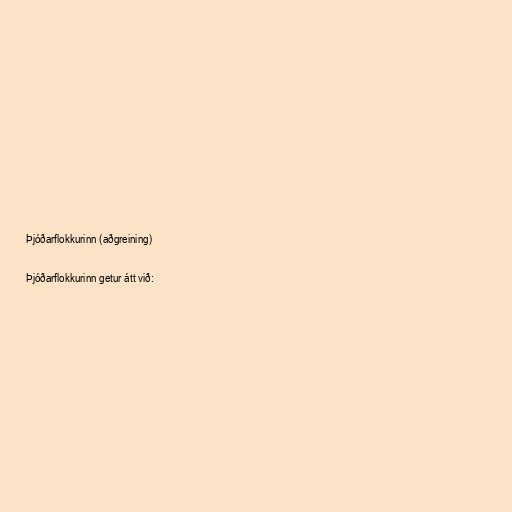
Þjóðarflokkurinn (aðgreining)

Þjóðarflokkurinn getur átt við: